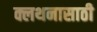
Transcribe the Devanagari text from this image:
क्लथनासाठी